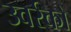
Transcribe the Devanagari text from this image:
उवर्रकों